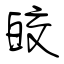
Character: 皎